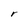
Character: r